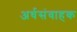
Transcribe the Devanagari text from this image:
अर्धसंवाहक